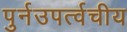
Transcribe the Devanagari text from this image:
पुर्नउपर्त्वचीय